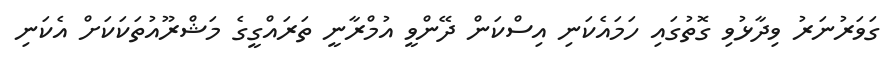
ގަވަރުނަރު ވިދާޅުވި ގޮތުގައި ހަމައެކަނި އިސްކަން ދޭންވީ އުމްރާނީ ތަރައްގީގެ މަޝްރޫއުތަކަކަށް އެކަނި